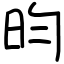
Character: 昀